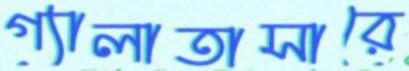
গ্যালাতাসারে